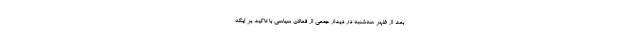
بعد از ظهر سه‌شنبه در دیدار جمعی از فعالان سیاسی با تاکید بر اینکه